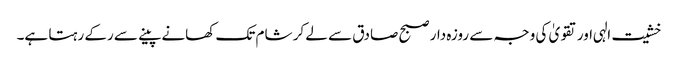
خشیت الہی اور تقویٰ کی وجہ سے روزہ دار صبح صادق سے لے کر شام تک کھانے پینے سے رکے رہتا ہے۔